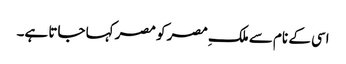
اسی کے نام سے ملکِ مصر کو مصر کہا جاتا ہے۔